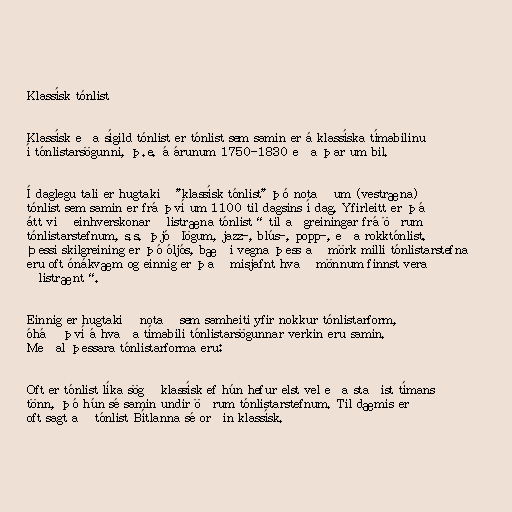
Klassísk tónlist

Klassísk eða sígild tónlist er tónlist sem samin er á klassíska tímabilinu
í tónlistarsögunni, þ.e. á árunum 1750-1830 eða þar um bil.

Í daglegu tali er hugtakið "klassísk tónlist" þó notað um (vestræna)
tónlist sem samin er frá því um 1100 til dagsins í dag. Yfirleitt er þá
átt við einhverskonar „listræna tónlist“ til aðgreiningar frá öðrum
tónlistarstefnum, s.s. þjóðlögum, jazz-, blús-, popp-, eða rokktónlist.
Þessi skilgreining er þó óljós, bæði vegna þess að mörk milli tónlistarstefna
eru oft ónákvæm og einnig er það misjafnt hvað mönnum finnst vera
„listrænt“.

Einnig er hugtakið notað sem samheiti yfir nokkur tónlistarform,
óháð því á hvaða tímabili tónlistarsögunnar verkin eru samin.
Meðal þessara tónlistarforma eru:

Oft er tónlist líka sögð klassísk ef hún hefur elst vel eða staðist tímans
tönn, þó hún sé samin undir öðrum tónlistarstefnum. Til dæmis er
oft sagt að tónlist Bítlanna sé orðin klassísk.